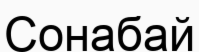
Сонабай